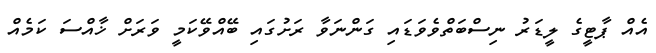
އެއް ޕާޓީގެ ލީޑަރު ނިސްބަތްވެވަޑައި ގަންނަވާ ރަށުގައި ބޭއްވޭކަމީ ވަރަށް ޚާއްސަ ކަމެއް